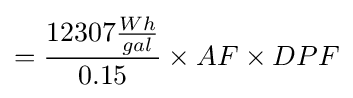
={\frac {12307{\frac {Wh}{gal}}}{0.15}}\times AF\times DPF